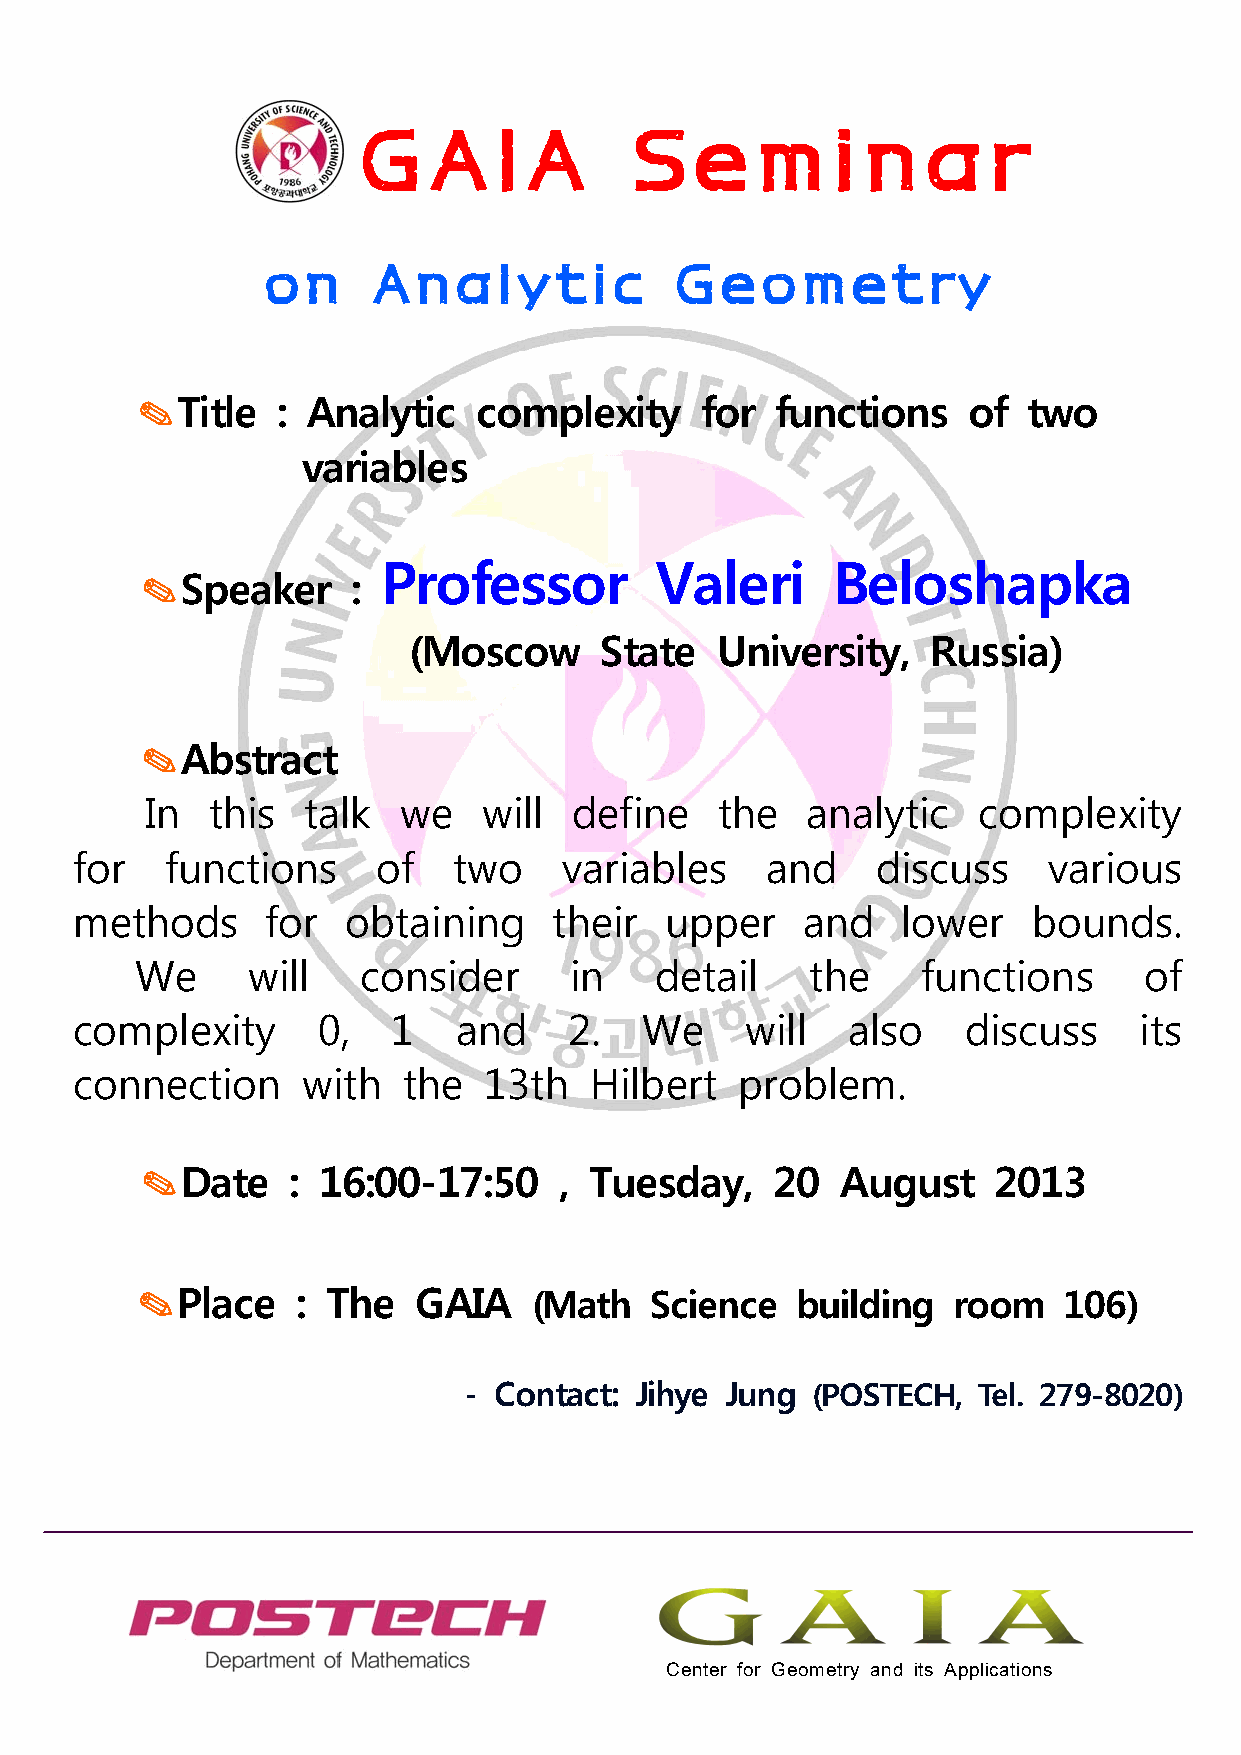
GAIA              Seminar
 on     Analytic             Geometry
 ✎Title   : Analytic    complexity    for  functions    of  two
 variables
 Professor         Valeri      Beloshapka
 ✎Speaker      :
 (Moscow      State  University,    Russia)
 ✎Abstract
 In  this  talk  we    will  define   the   analytic    complexity
 for   functions     of   two    variables     and    discuss    various
 methods      for  obtaining     their  upper    and    lower   bounds.
 We     will    consider      in   detail     the    functions      of
 complexity      0,   1   and     2.  We     will   also    discuss    its
 connection     with   the  13th   Hilbert   problem.
 ✎Date     : 16:00-17:50     , Tuesday,    20   August    2013
 ✎Place     : The  GAIA    (Math   Science   building  room   106)
 - Contact: Jihye Jung  (POSTECH,  Tel. 279-8020)
 Center for Geometry and its Applications